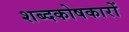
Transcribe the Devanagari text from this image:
शब्दकोषकारों